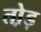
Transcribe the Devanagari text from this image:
तो़ड़